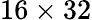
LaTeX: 16\times 32